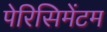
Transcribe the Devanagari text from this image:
पेरिसिमेंटम